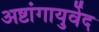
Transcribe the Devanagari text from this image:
अष्टांगायुर्वेद